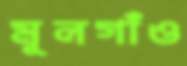
মূলগাঁও